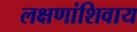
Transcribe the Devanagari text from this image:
लक्षणांशिवाय